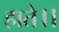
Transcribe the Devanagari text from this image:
हाते।।